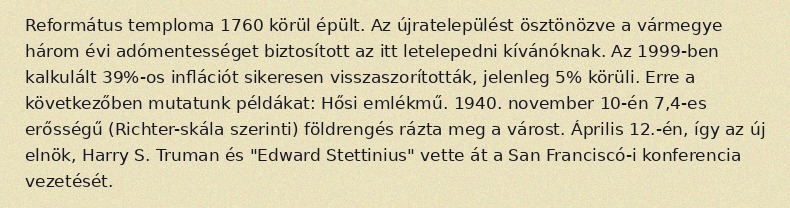
Református temploma 1760 körül épült. Az újratelepülést ösztönözve a vármegye három évi adómentességet biztosított az itt letelepedni kívánóknak. Az 1999-ben kalkulált 39%-os inflációt sikeresen visszaszorították, jelenleg 5% körüli. Erre a következőben mutatunk példákat: Hősi emlékmű. 1940. november 10-én 7,4-es erősségű (Richter-skála szerinti) földrengés rázta meg a várost. Április 12.-én, így az új elnök, Harry S. Truman és "Edward Stettinius" vette át a San Franciscó-i konferencia vezetését.